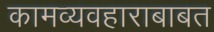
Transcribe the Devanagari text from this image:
कामव्यवहाराबाबत